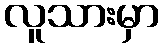
လူသားမှာ